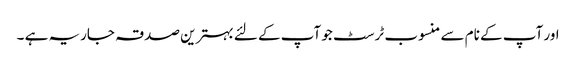
اور آپ کے نام سے منسوب ٹرسٹ جو آپ کے لئے بہترین صدقہ جاریہ ہے ۔